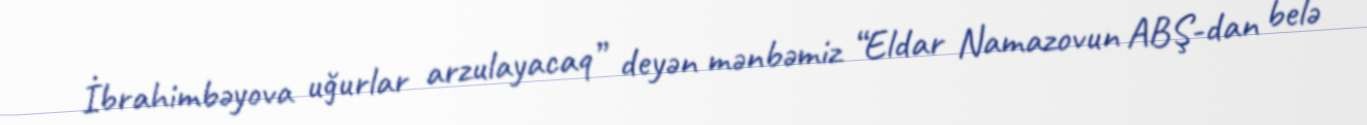
İbrahimbəyova uğurlar arzulayacaq” deyən mənbəmiz “Eldar Namazovun ABŞ-dan belə